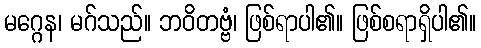
မဂ္ဂေန၊ မဂ်သည်။ ဘဝိတဗ္ဗံ၊ ဖြစ်ရာပါ၏။ ဖြစ်စရာရှိပါ၏။